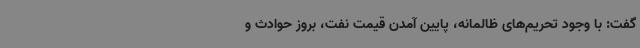
گفت: با وجود تحریم‌های ظالمانه، پایین آمدن قیمت نفت، بروز حوادث و